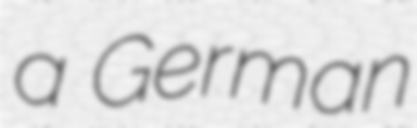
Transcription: a German